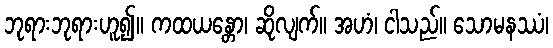
ဘုရားဘုရားဟူ၍။ ကထယန္တော၊ ဆိုလျက်။ အဟံ၊ ငါသည်။ သောမနဿံ၊